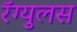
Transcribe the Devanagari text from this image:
रॅग्युलस